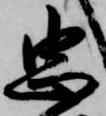
忠